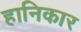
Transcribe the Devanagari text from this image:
हानिकार